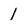
Character: 1